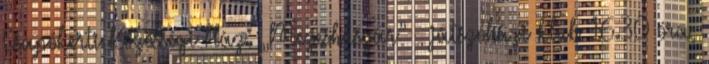
Csapókerti Közösségi Ház: „Mézeshuszár” – játszóházi klub 16.30 óra,